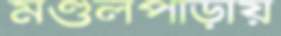
মণ্ডলপাড়ায়